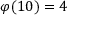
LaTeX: \varphi ( 1 0 ) = 4